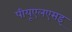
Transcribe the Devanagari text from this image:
पीयूएलएसइ